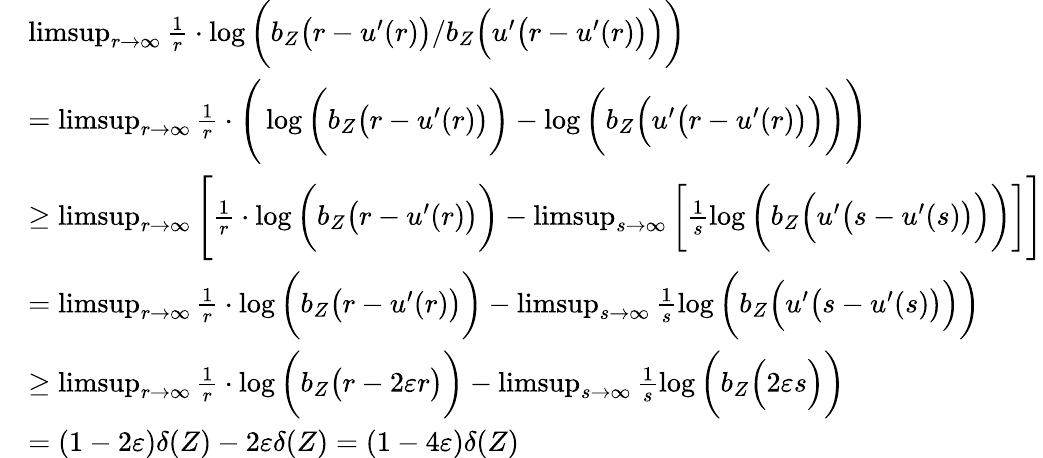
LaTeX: \begin{array}{rl}&{\operatorname*{limsup}_{r\rightarrow\infty}\frac{1}{r}\cdot\log\bigg(b_{Z}\big(r-u^{\prime}(r)\big)/b_{Z}\Big(u^{\prime}\big(r-u^{\prime}(r)\big)\Big)\bigg)}\\ &{=\operatorname*{limsup}_{r\rightarrow\infty}\frac{1}{r}\cdot\Bigg(\log\bigg(b_{Z}\big(r-u^{\prime}(r)\big)\bigg)-\log\bigg(b_{Z}\Big(u^{\prime}\big(r-u^{\prime}(r)\big)\Big)\bigg)\Bigg)}\\ &{\geq\operatorname*{limsup}_{r\rightarrow\infty}\Bigg[\frac{1}{r}\cdot\log\bigg(b_{Z}\big(r-u^{\prime}(r)\big)\bigg)-\operatorname*{limsup}_{s\rightarrow\infty}\bigg[\frac{1}{s}\log\bigg(b_{Z}\Big(u^{\prime}\big(s-u^{\prime}(s)\big)\Big)\bigg)\bigg]\Bigg]}\\ &{=\operatorname*{limsup}_{r\rightarrow\infty}\frac{1}{r}\cdot\log\bigg(b_{Z}\big(r-u^{\prime}(r)\big)\bigg)-\operatorname*{limsup}_{s\rightarrow\infty}\frac{1}{s}\log\bigg(b_{Z}\Big(u^{\prime}\big(s-u^{\prime}(s)\big)\Big)\bigg)}\\ &{\geq\operatorname*{limsup}_{r\rightarrow\infty}\frac{1}{r}\cdot\log\bigg(b_{Z}\big(r-2\varepsilon r\big)\bigg)-\operatorname*{limsup}_{s\rightarrow\infty}\frac{1}{s}\log\bigg(b_{Z}\Big(2\varepsilon s\Big)\bigg)}\\ &{=(1-2\varepsilon)\delta(Z)-2\varepsilon\delta(Z)=(1-4\varepsilon)\delta(Z)}\end{array}